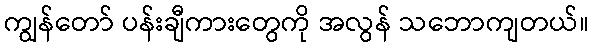
ကျွန်တော် ပန်းချီကားတွေကို အလွန် သဘောကျတယ်။